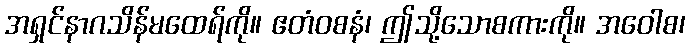
အရှင်နာဂသိန်မထေရ်ကို။ ဧတံဝစနံ၊ ဤသို့သောစကားကို။ အဝေါစ၊